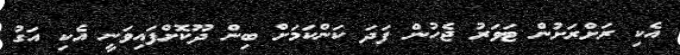
އެކި ރަށްރަށުން ޓަވަރު ޖެހުން ފަދަ ކަންކަމަށް ބިން ދޫކޮށްފައިވަނީ އެކި އަގު